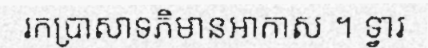
រកប្រាសាទភិមានអាកាស ។ ទ្វារ